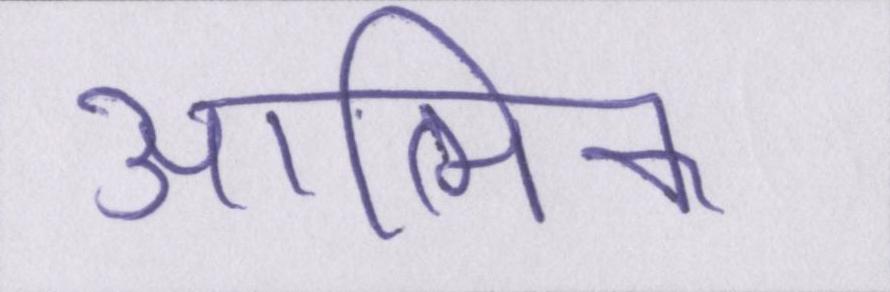
आत्मिक